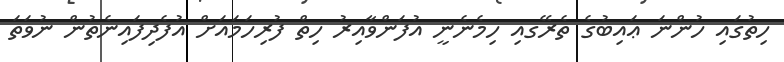
ހިތުގައި ހުންނަ ޢައިބުގެ ތެރޭގއި ހިމެނެނީ އުފަންވާއިރު ހިތް ފުރިހަމައަށް އުފެދިފައިނެތުން ނުވަތަ